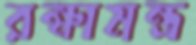
রক্ষামন্ত্র